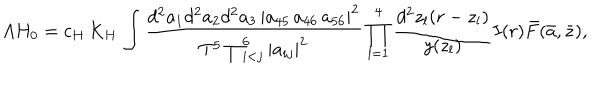
A H _ { 0 } = c _ { H } \, K _ { H } \, \int { \frac { d ^ { 2 } a _ { 1 } d ^ { 2 } a _ { 2 } d ^ { 2 } a _ { 3 } \, | a _ { 4 5 } \, a _ { 4 6 } \, a _ { 5 6 } | ^ { 2 } } { T ^ { 5 } \prod _ { i < j } ^ { 6 } | a _ { i j } | ^ { 2 } } } \prod _ { l = 1 } ^ { 4 } { \frac { d ^ { 2 } z _ { l } ( r - z _ { l } ) } { y ( z _ { l } ) } } I ( r ) \bar { F } ( \bar { a } , \bar { z } ) ,